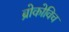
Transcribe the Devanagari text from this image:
ब्रोकोविच